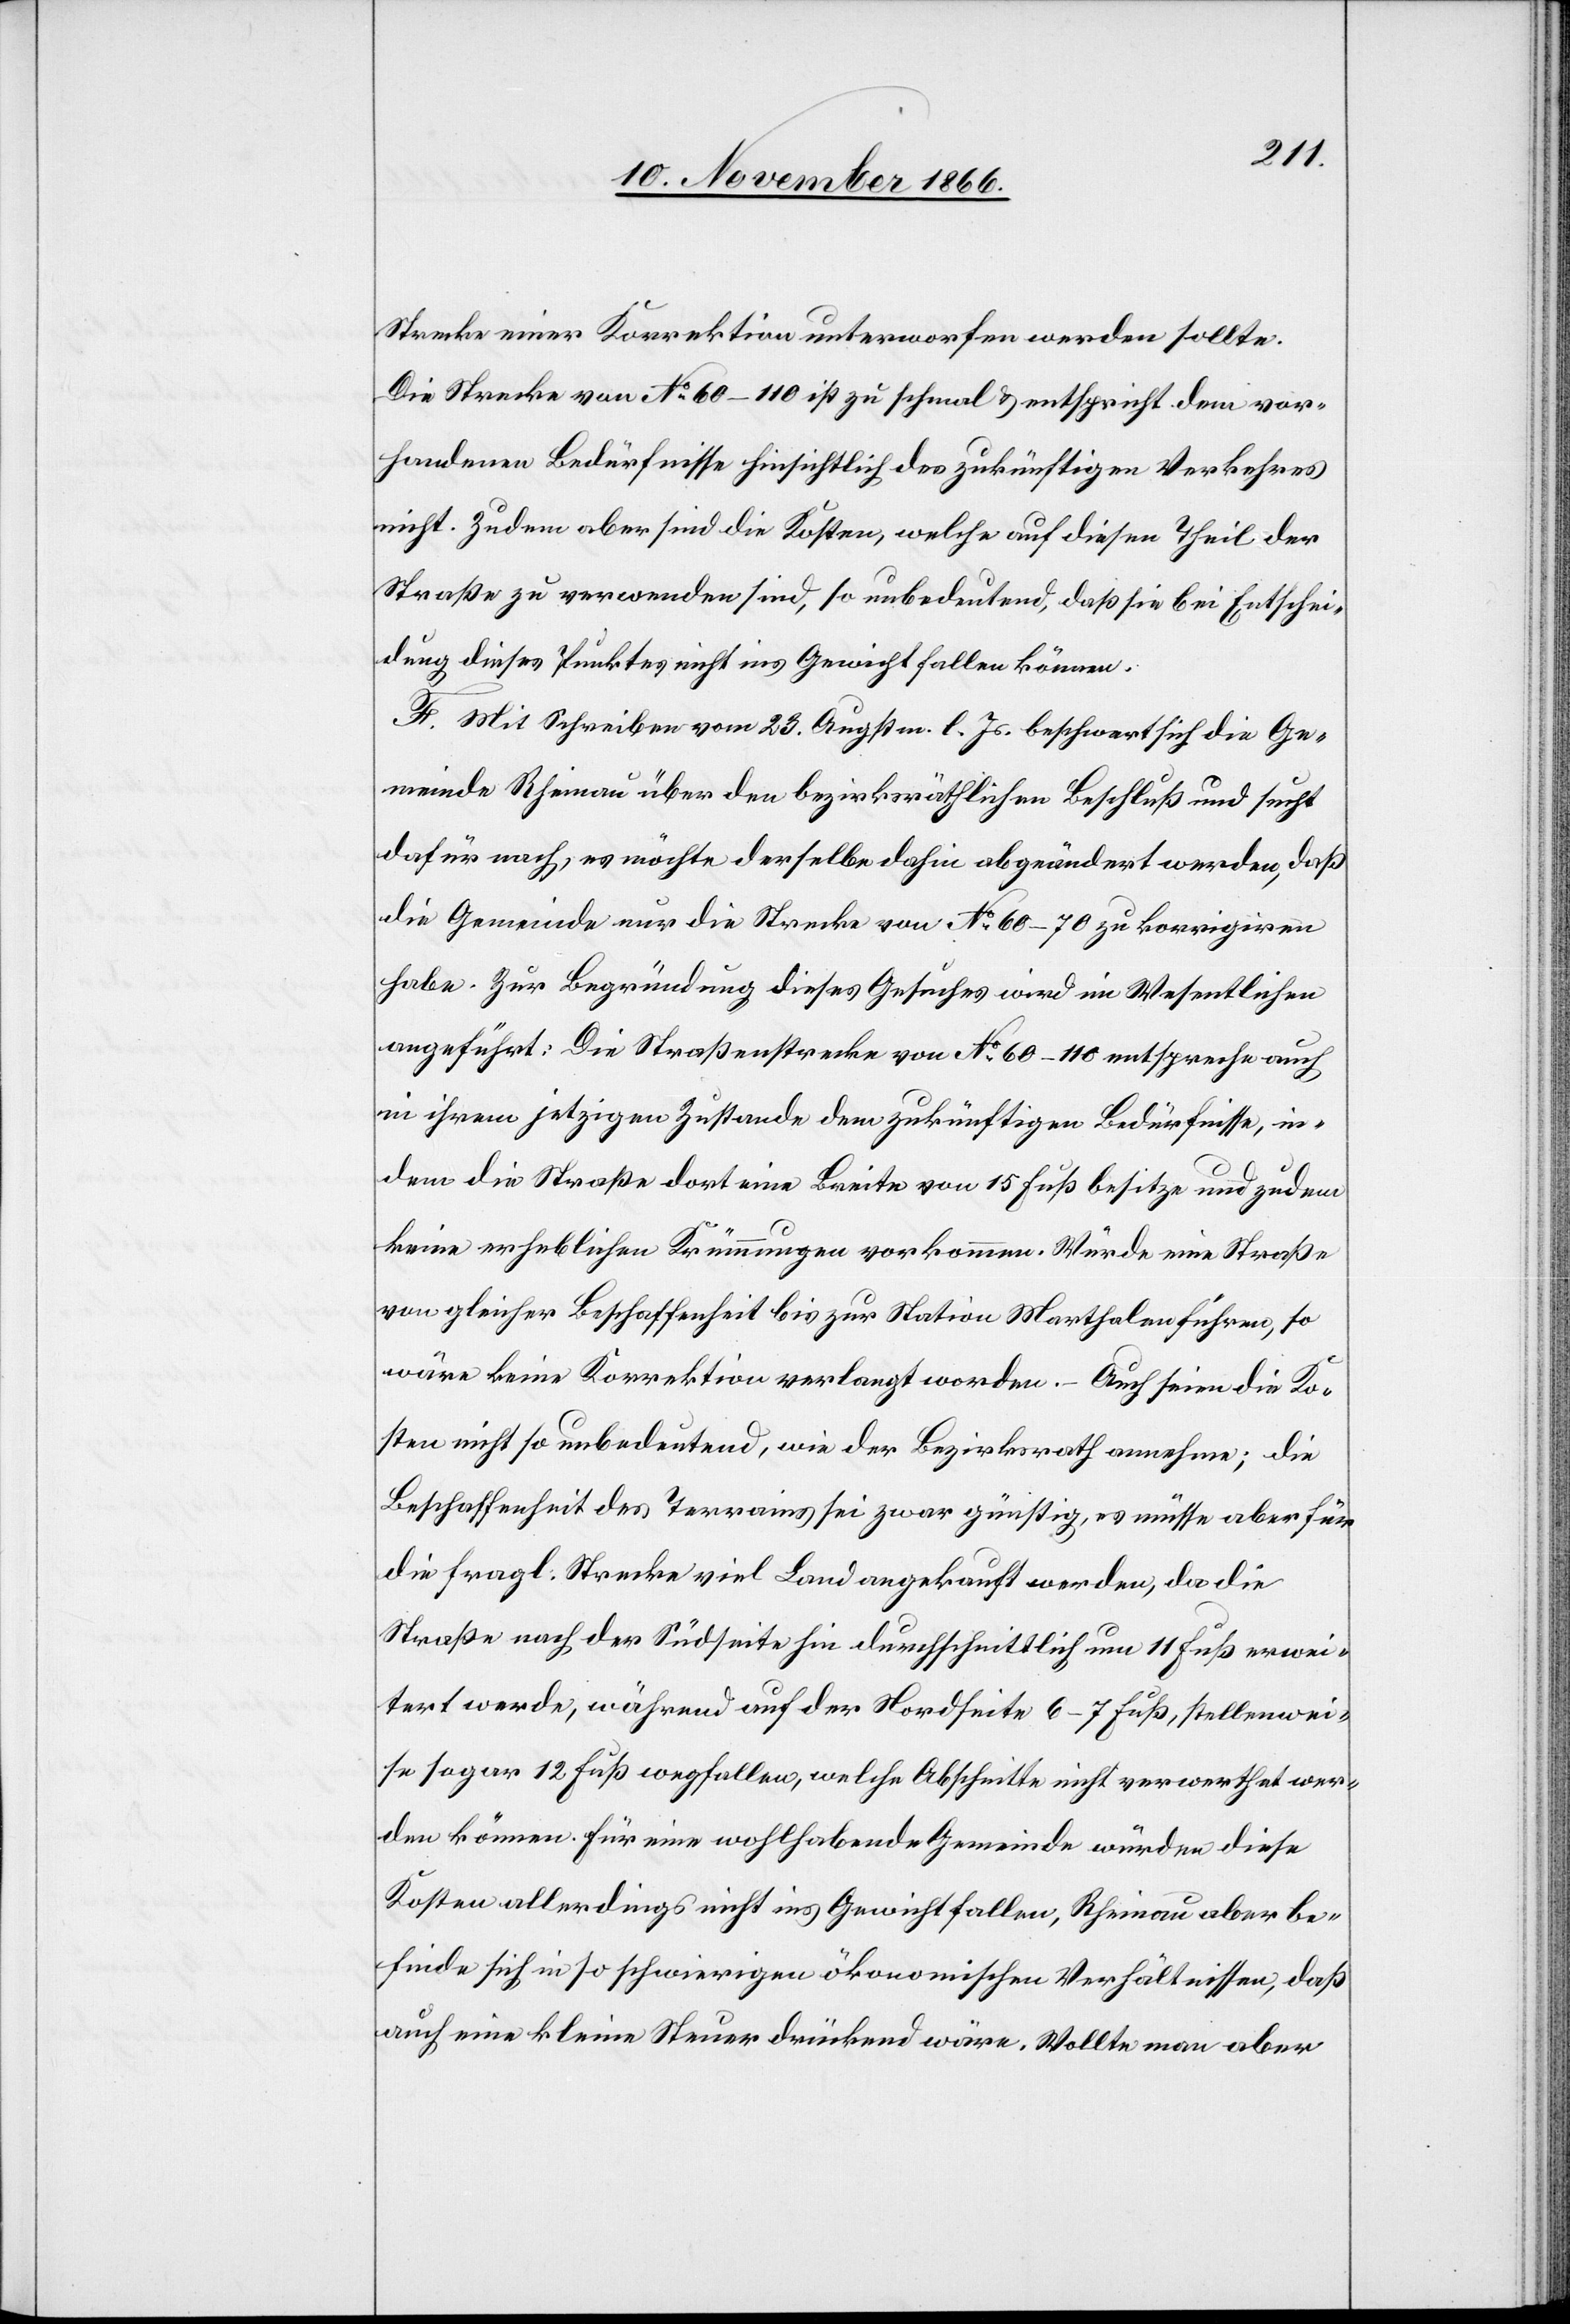
Strecke einer Korrektion unterworfen werden sollte.
Die Strecke von No. 60–110 ist zu schmal & entspricht dem vor¬
handenen Bedürfnisse hinsichtlich des zukünftigen Verkehres
nicht. Zudem aber sind die Kosten, welche auf diesen Theil der
Straße zu verwenden sind, so unbedeutend, daß sie bei Entschei¬
dung dieses Punktes nicht ins Gewicht fallen können.
F. Mit Schreiben vom 23. Augstm. l. Js. beschwert sich die Ge¬
meinde Rheinau über den bezirksräthlichen Beschluß und sucht
dafür nach, es möchte derselbe dahin abgeändert werden, daß
die Gemeinde nur die Strecke von No. 60–70 zu korrigiren
habe. Zur Begründung dieses Gesuches wird im Wesentlichen
angeführt: Die Straßenstrecke von No. 60–110 entspreche auch
in ihrem jetzigen Zustande dem zukünftigen Bedürfnisse, in¬
dem die Straße dort eine Breite von 15 Fuß besitze und zudem
keine erheblichen Krümmungen vorkommen. Würde eine Straße
von gleicher Beschaffenheit bis zur Station Marthalen führen, so
wäre keine Korrektion verlangt worden. – Auch seien die Ko¬
sten nicht so unbedeutend, wie der Bezirksrath annehme; die
Beschaffenheit der Terrains sei zwar günstig, es müsse aber für
die fragl. Strecke viel Land angekauft werden, da die
Straße nach der Südseite hin durchschnittlich um 11 Fuß erwei¬
tert werde, während auf der Nordseite 6–7 Fuß, stellenwei¬
se sogar 12 Fuß wegfallen, welche Abschnitte nicht verwerthet wer¬
den können. Für eine wohlhabende Gemeinde würden diese
Kosten allerdings nicht ins Gewicht fallen, Rheinau aber be¬
finde sich in so schwierigen ökonomischen Verhältnissen, daß
auch eine kleine Steuer drückend wäre. Wollte man aber